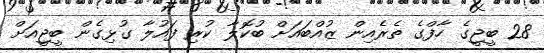
28 ބީޖީގެ ހާފްގެ ތެރެއިން ޒުއްބައަށް ބުކޮލާ ކުރި ފައުލާ ގުޅިގެން ބީޖީއަށް